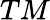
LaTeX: TM